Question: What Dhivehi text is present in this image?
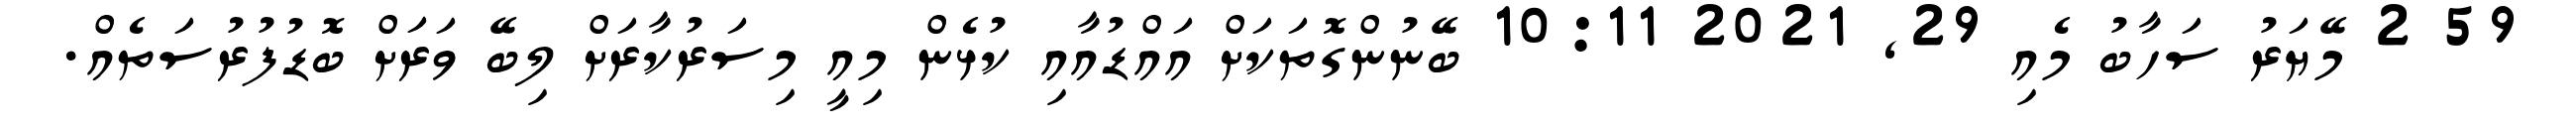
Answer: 59 2 މޭޔަރު ސަހާބު މެއި 29, 2021 10:11 ބޭނުންގޮތަކަށް އައްޑުއާއި ކުޅެން މިއީ މިސަރުކާރަށް ލިބޭ ވަރަށް ބޮޑުފުރުސަތެއް.